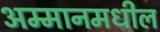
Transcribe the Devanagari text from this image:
अम्मानमधील